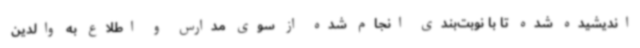
اندیشیده شده تا با نوبت‌بندی انجام شده از سوی مدارس و اطلاع به والدین